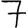
Digit: 7